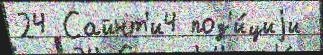
24 Сайнт'и4 поз'и́циjи